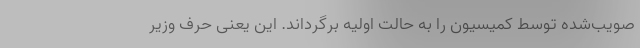
صویب‌شده توسط کمیسیون را به حالت اولیه برگرداند. این یعنی حرف وزیر